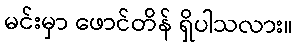
မင်းမှာ ဖောင်တိန် ရှိပါသလား။